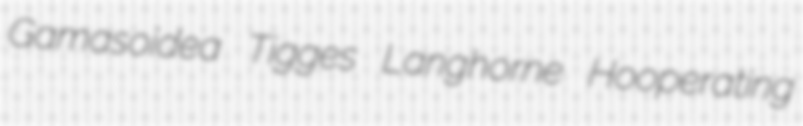
Gamasoidea Tigges Langhorne Hooperating